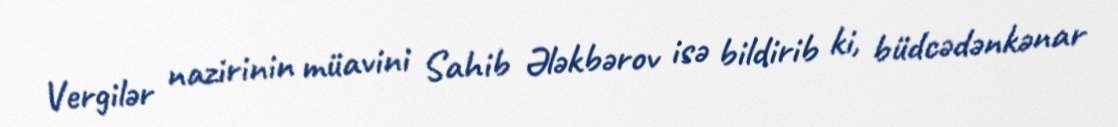
Vergilər nazirinin müavini Sahib Ələkbərov isə bildirib ki, büdcədənkənar